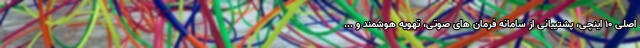
اصلی 10 اینچی، پشتیبانی از سامانه فرمان های صوتی، تهویه هوشمند و ...